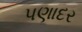
પણાદર